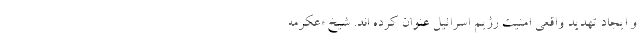
و ایجاد تهدید واقعی امنیت رژیم اسرائیل عنوان کرده اند. شیخ «عکرمه